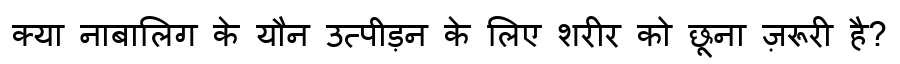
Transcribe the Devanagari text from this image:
क्या नाबालिग के यौन उत्पीड़न के लिए शरीर को छूना ज़रूरी है?